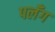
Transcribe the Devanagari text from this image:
पलँग